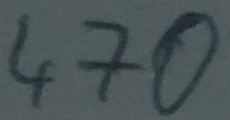
Text: 470